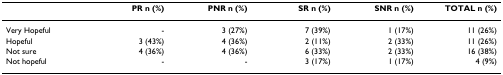
<table><thead><tr><td></td><td><b>PR n (%)</b></td><td><b>PNR n (%)</b></td><td><b>SR n (%)</b></td><td><b>SNR n (%)</b></td><td><b>TOTAL n (%)</b></td></tr></thead><tbody><tr><td>Very Hopeful</td><td>-</td><td>3 (27%)</td><td>7 (39%)</td><td>1 (17%)</td><td>11 (26%)</td></tr><tr><td>Hopeful</td><td>3 (43%)</td><td>4 (36%)</td><td>2 (11%)</td><td>2 (33%)</td><td>11 (26%)</td></tr><tr><td>Not sure</td><td>4 (36%)</td><td>4 (36%)</td><td>6 (33%)</td><td>2 (33%)</td><td>16 (38%)</td></tr><tr><td>Not hopeful</td><td>-</td><td>-</td><td>3 (17%)</td><td>1 (17%)</td><td>4 (9%)</td></tr></tbody></table>